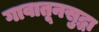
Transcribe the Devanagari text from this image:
गावातूनसुद्धा